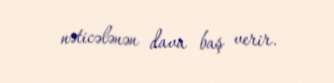
nəticələnən dava baş verir.